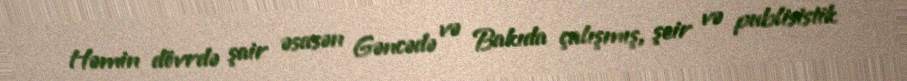
Həmin dövrdə şair əsasən Gəncədə və Bakıda çalışmış, şeir və publisistik